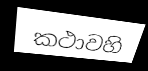
කථාවහි